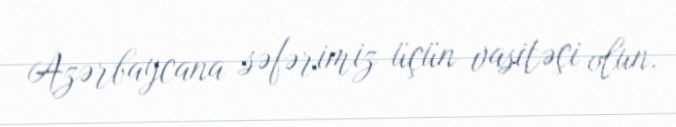
Azərbaycana səfərimiz üçün vasitəçi olun.